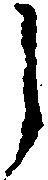
之